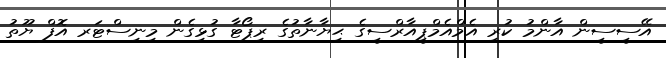
އޭސީސީން އާންމު ކުރި އެމްއެމްޕީއާރްސީގެ ޙިޔާނާތުގެ ރިޕޯޓާ ގުޅިގެން މިނިސްޓަރ އޮފް ޔޫތު